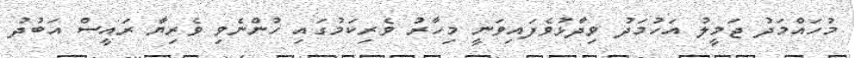
މުހައްމަދު ޖަމީލު އަހުމަދު ވިދާޅުވެފައިވަނީ މިހާރު ވެރިކަމުގައި ހުންނެވި ވެރިޔާ ރައީސް އަބުދު